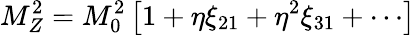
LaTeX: M_{Z}^{2}=M_{0}^{2}\left[1+\eta\xi_{21}+\eta^{2}\xi_{31}+\cdots\right]